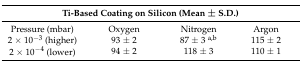
| <COLSPAN=4> Ti-Based Coating on Silicon (Mean ± S.D.) |
 | --- | --- | --- | --- |
 | Pressure (mbar) | Oxygen | Nitrogen | Argon |
 | 2 × 10−3 (higher) | 93 ± 2 | 87 ± 3 a,b | 115 ± 2 |
 | 2 × 10−4 (lower) | 94 ± 2 | 118 ± 3 | 110 ± 1 |